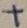
Text: +